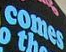
comes